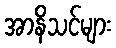
အာနိသင်များ